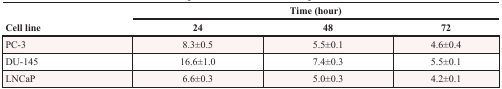
<table><thead><tr><td rowspan="2"><b>Cell line</b></td><td colspan="3"><b>Time (hour)</b></td></tr><tr><td><b>24</b></td><td><b>48</b></td><td><b>72</b></td></tr></thead><tbody><tr><td>PC-3</td><td>8.3±0.5</td><td>5.5±0.1</td><td>4.6±0.4</td></tr><tr><td>DU-145</td><td>16.6±1.0</td><td>7.4±0.3</td><td>5.5±0.1</td></tr><tr><td>LNCaP</td><td>6.6±0.3</td><td>5.0±0.3</td><td>4.2±0.1</td></tr></tbody></table>